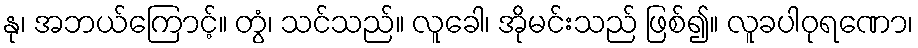
နု၊ အဘယ်ကြောင့်။ တွံ၊ သင်သည်။ လူခေါ၊ အိုမင်းသည် ဖြစ်၍။ လူခပါဝုရဏော၊